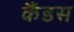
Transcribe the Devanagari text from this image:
कैंडस